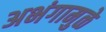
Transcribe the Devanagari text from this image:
अभंगामुळे